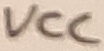
Text: VCC